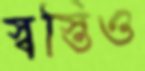
স্বস্তিও